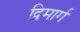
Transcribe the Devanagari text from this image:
द्विमार्ग